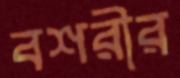
বশরীর